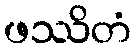
ဖဿိတံ